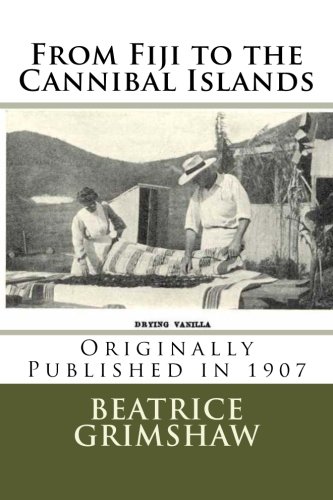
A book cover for From Fiji to the Cannibal Islands; Beatrice Grimshaw; Travel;